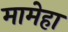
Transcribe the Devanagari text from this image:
मामेहा